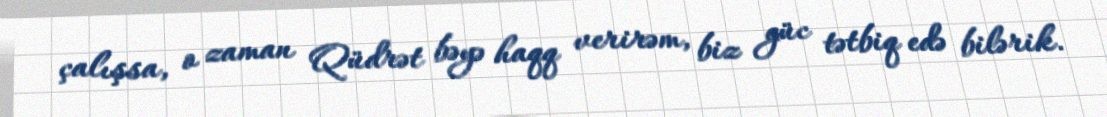
çalışsa, o zaman Qüdrət bəyə haqq verirəm, biz güc tətbiq edə bilərik.